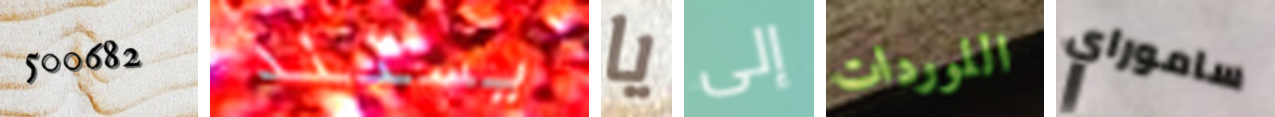
500682 يستند يا إلى اللوردات ساموراي